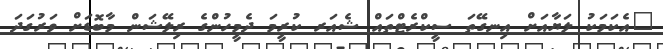
"އެކަމަކު ލަޔާއަށް އިނގޭތަ ސީކްރެޓްތައް ޝެއަރ ކުރީމަ ދެމީހުންގެ ރިލޭޝަން މާބޮޑަށް ވަރުގަދަ